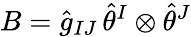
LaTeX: B=\hat{g}_{IJ}\, \hat{\theta}^{I}\otimes\hat{\theta}^{J}